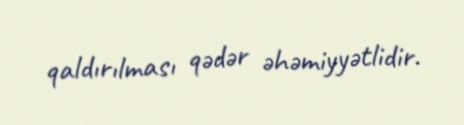
qaldırılması qədər əhəmiyyətlidir.